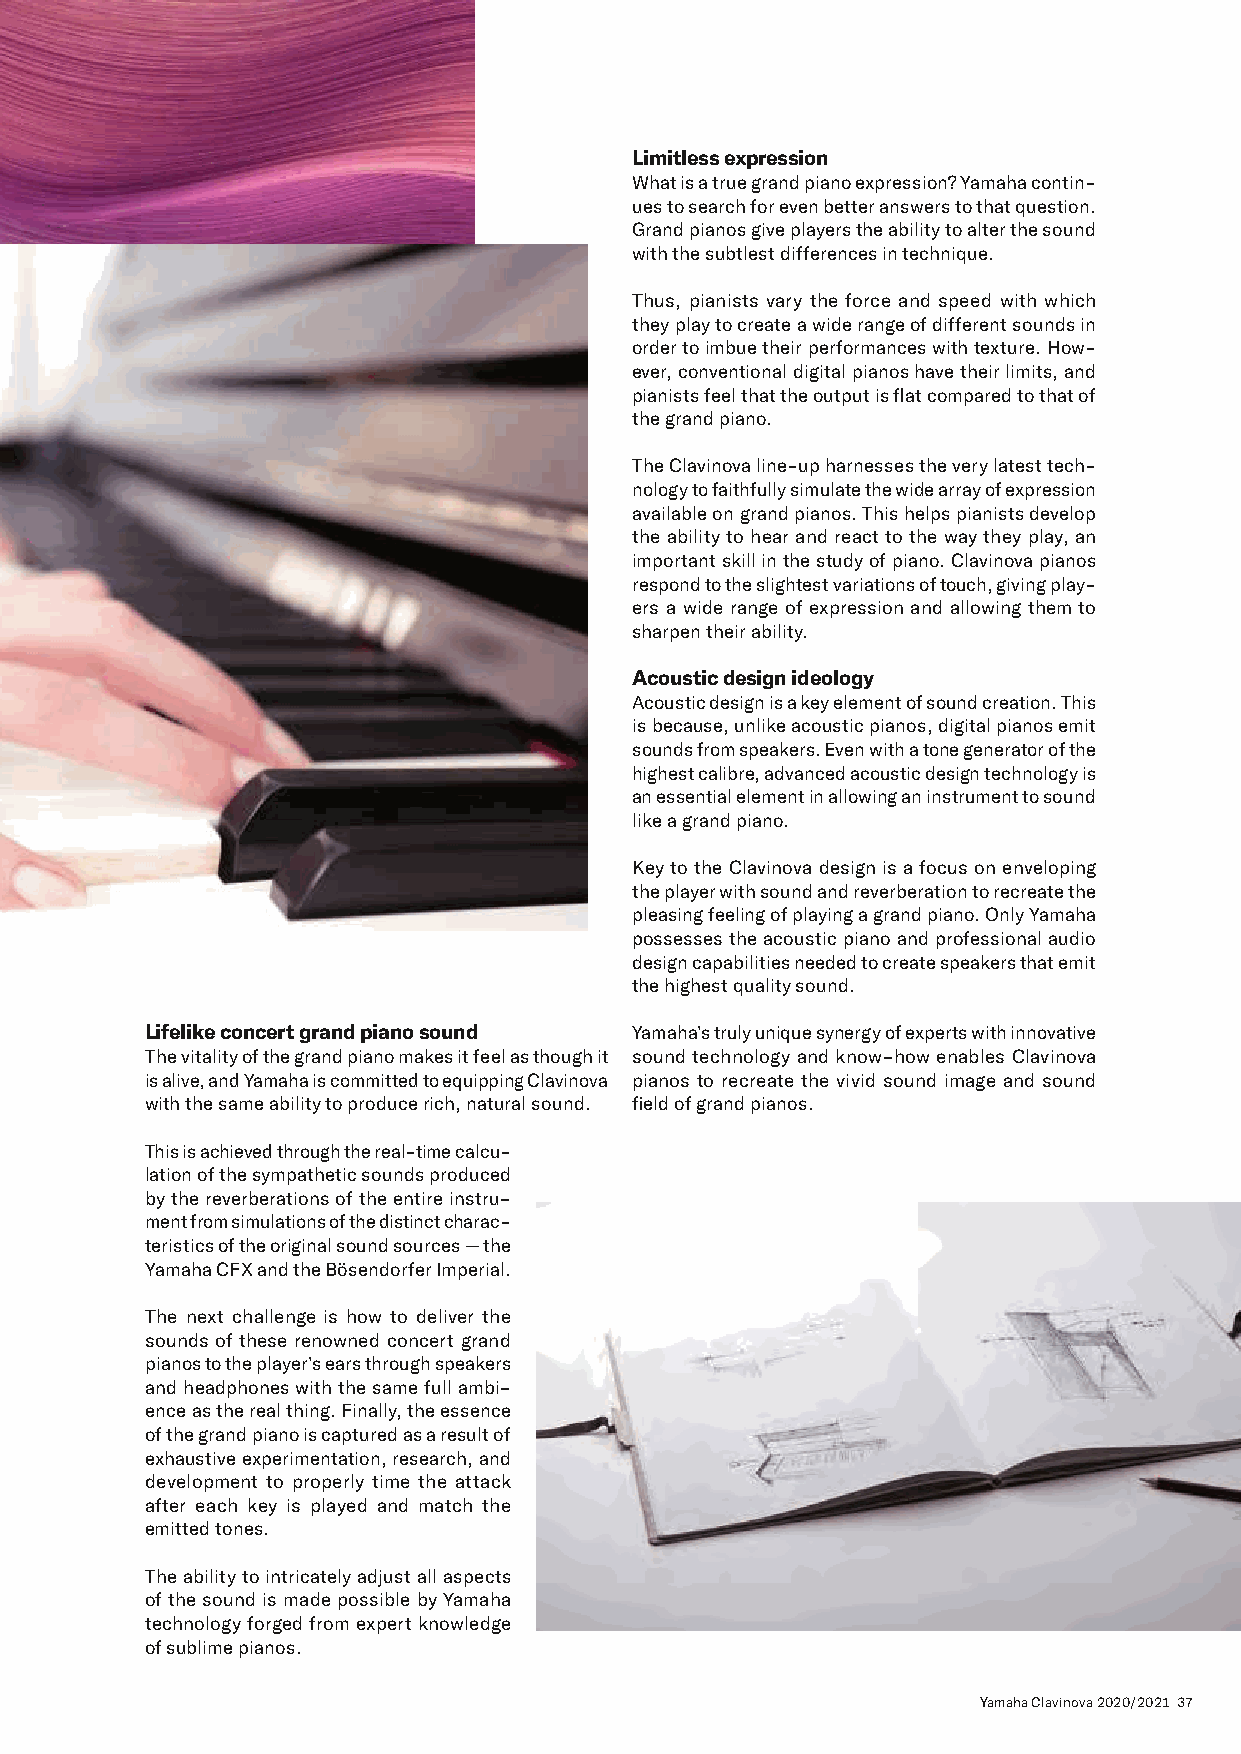
Limitless expression
 What is a true grand piano expression? Yamaha contin-
 ues to search for even better answers to that question.
 Grand pianos give players the ability to alter the sound
 with the subtlest differences in technique.
 Thus, pianists vary the force and speed with which
 they play to create a wide range of different sounds in
 order to imbue their performances with texture. How-
 ever, conventional digital pianos have their limits, and
 pianists feel that the output is flat compared to that of
 the grand piano.
 The Clavinova line-up harnesses the very latest tech-
 nology to faithfully simulate the wide array of expression
 available on grand pianos. This helps pianists develop
 the ability to hear and react to the way they play, an
 important skill in the study of piano. Clavinova pianos
 respond to the slightest variations of touch, giving play-
 ers a wide range of expression and allowing them to
 sharpen their ability.
 Acoustic design ideology
 Acoustic design is a key element of sound creation. This
 is because, unlike acoustic pianos, digital pianos emit
 sounds from speakers. Even with a tone generator of the
 highest calibre, advanced acoustic design technology is
 an essential element in allowing an instrument to sound
 like a grand piano.
 Key to the Clavinova design is a focus on enveloping
 the player with sound and reverberation to recreate the
 pleasing feeling of playing a grand piano. Only Yamaha
 possesses the acoustic piano and professional audio
 design capabilities needed to create speakers that emit
 the highest quality sound.
 Lifelike concert grand piano sound Yamaha’s truly unique synergy of experts with innovative
 The vitality of the grand piano makes it feel as though it sound technology and know-how enables Clavinova
 is alive, and Yamaha is committed to equipping Clavinova pianos to recreate the vivid sound image and sound
 with the same ability to produce rich, natural sound. field of grand pianos.
 This is achieved through the real-time calcu-
 lation of the sympathetic sounds produced
 by the reverberations of the entire instru-
 ment from simulations of the distinct charac-
 teristics of the original sound sources — the
 Yamaha CFX and the Bösendorfer Imperial.
 The next challenge is how to deliver the
 sounds of these renowned concert grand
 pianos to the player’s ears through speakers
 and headphones with the same full ambi-
 ence as the real thing. Finally, the essence
 of the grand piano is captured as a result of
 exhaustive experimentation, research, and
 development to properly time the attack
 after each key is played and match the
 emitted tones.
 The ability to intricately adjust all aspects
 of the sound is made possible by Yamaha
 technology forged from expert knowledge
 of sublime pianos.
 Yamaha Clavinova 2020/2021 37